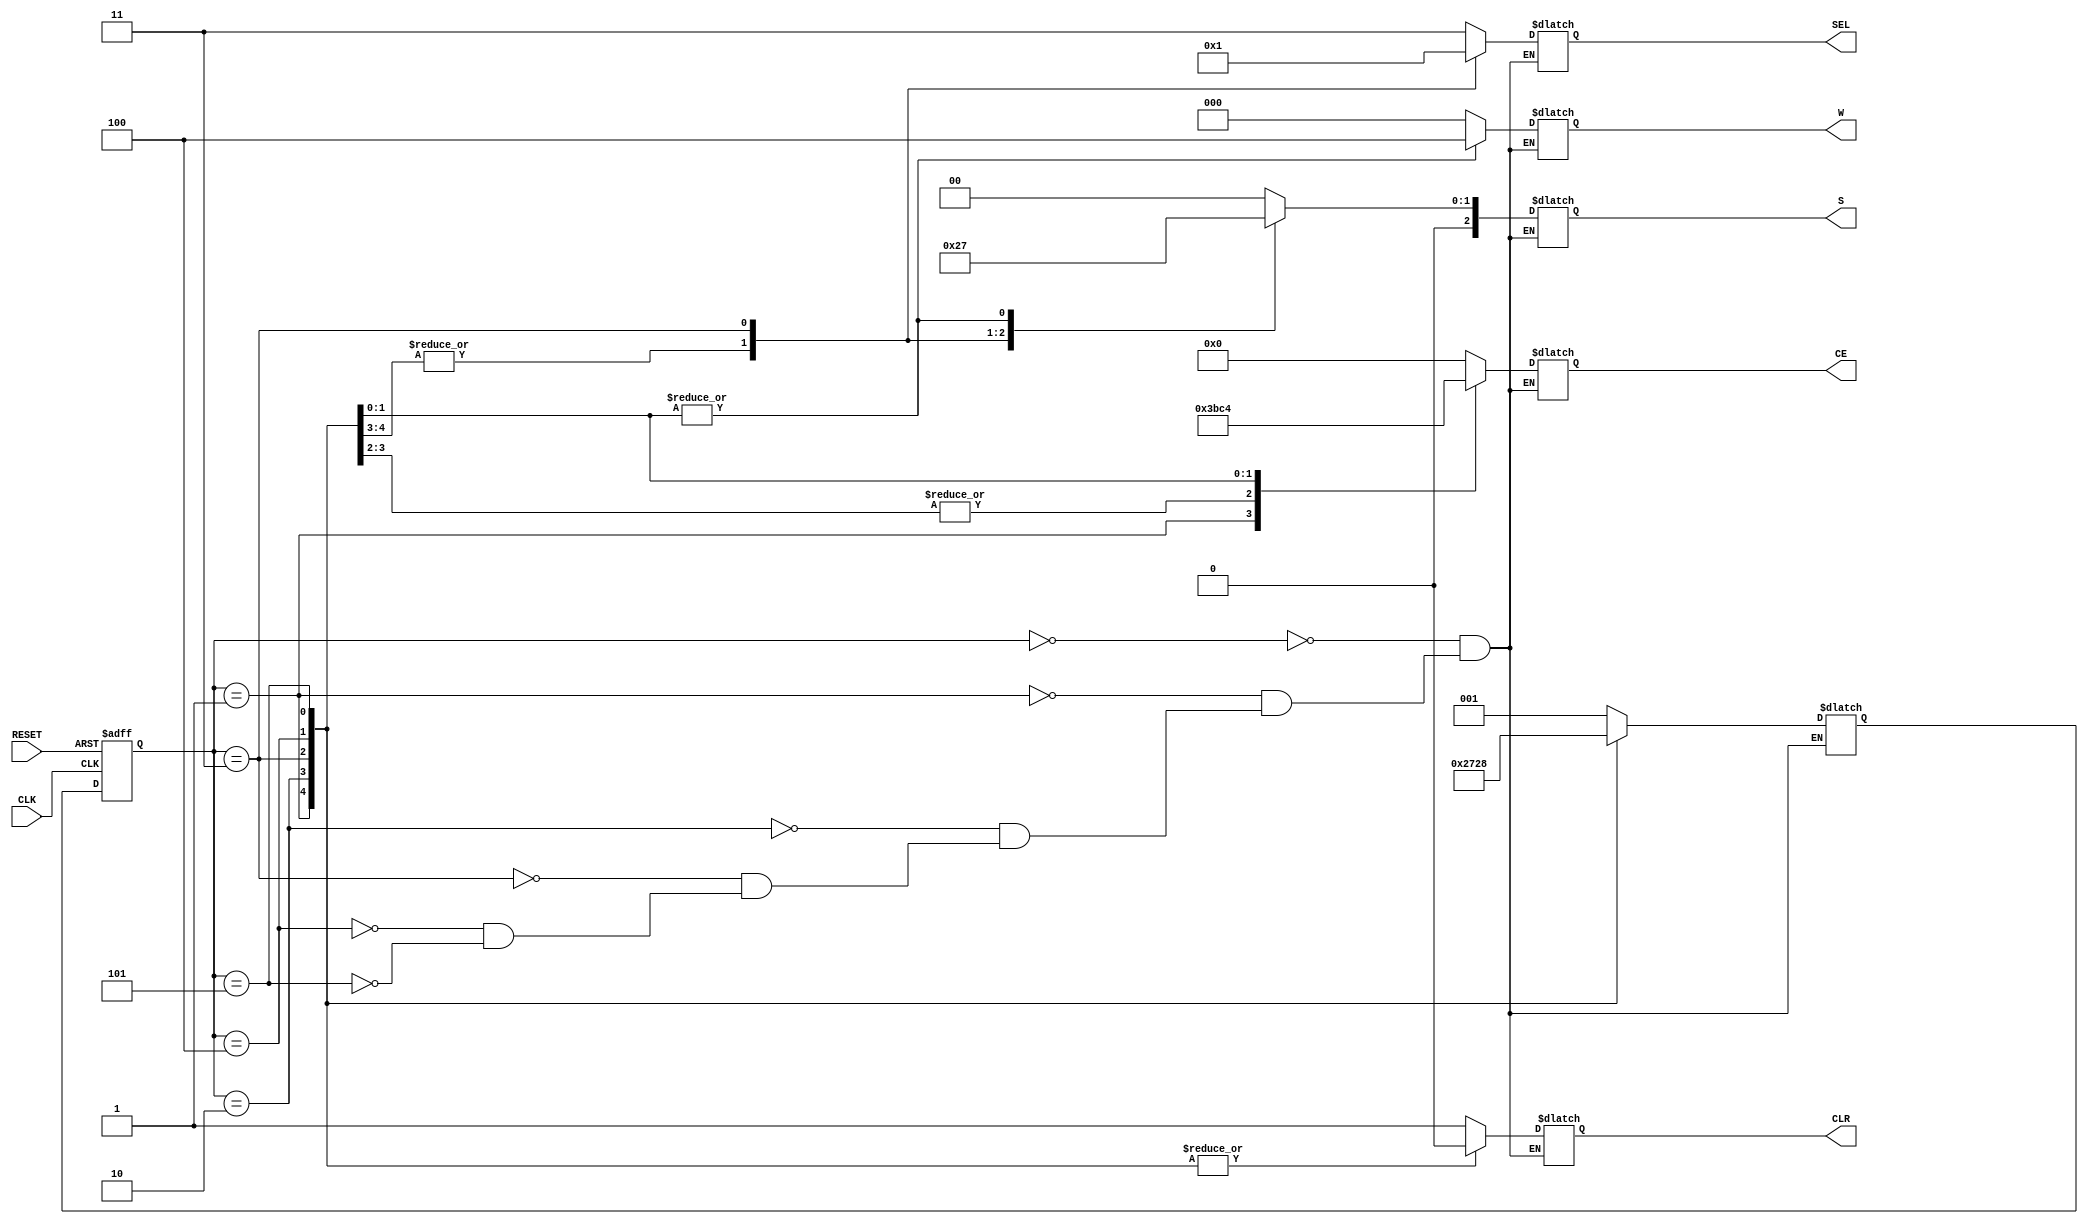
`timescale 1ns / 1ps
//////////////////////////////////////////////////////////////////////////////////
// Company: 
// Engineer: 
// 
// Design Name: 
// Module Name: FSM
// Project Name: 
// Target Devices: 
// Tool Versions: 
// Description: 
// 
// Dependencies: 
// 
// Revision:
// Revision 0.01 - File Created
// Additional Comments: Note that the muxes and ALU update real time but the 
// D Flip-Flops need a clock to update Q to the value at D. I do believe they
// still latch onto old memory on active low
//////////////////////////////////////////////////////////////////////////////////


module controlpath(CLK, RESET, CLR, W, CE, SEL, S);
    input CLK, RESET;
    output reg CLR;
    output reg [3:0] CE;
    output reg [2:0] W, S;
    output reg [1:0] SEL;
    
    reg[2:0] curr_state, next_state;
    parameter S0 = 3'b000,
              S1 = 3'b001,
              S2 = 3'b010,
              S3 = 3'b011,
              S4 = 3'b100,
              S5 = 3'b101;
              
    always@(posedge CLK or posedge RESET)
    begin
        if(RESET)
            curr_state <= S0;
        else
            curr_state <= next_state ;
    end
    
    always@(curr_state)
    begin
        case(curr_state)
            S0: // Reset State
            begin
                CLR = 1'b1; // Reset everything
                W = 3'b000;
                CE = 4'b0000;
                SEL = 2'b11;
                S = 3'b000;
                next_state <= S1;
            end
            S1: // Load Reg state
            begin
                CLR = 1'b0;     // Don't clear the flip-flops
                W = 3'b000;     // Let the muxes select values at D0
                CE = 4'b0011;   // At the next clock let the values at D0 pass through to R0 and R1
                SEL = 2'b00;    // At the next clock select R0
                S = 3'b010;     // F = B
                next_state <= S2;
            end
            S2: // Load ALU state
            begin
                CLR = 1'b0;
                W = 3'b000;
                CE = 4'b1011;   // Now while still enableing the R0 and R1 DFF, enable the last DFF
                SEL = 2'b00;    // Let R0 to the last DFF, I believe this will reach the A port of the ALU
                S = 3'b010;     // F = B
                next_state <= S3;
            end
            S3: // Math State
            begin
                CLR = 1'b0; 
                W = 3'b000;
                CE = 4'b1011;   // Let the addition result through the DFF next clock(0011 Original)
                SEL = 2'b01;    // Now let R1 through the large mux, this should be at port B of ALU
                S = 3'b001;     // F = A + B' + Cin
                next_state <= S4;
            end
            S4: // Send Data to R2 DFF
            begin
                CLR = 1'b0;
                W = 3'b100;     // Have mux2 select result of addition
                CE = 4'b1100;   // The addition result is now at Q of last DFF, Enable the DFF of R2 for next clock
                SEL = 2'b11;    // GND mux now to avoid interfering with result
                S = 3'b011;     // F = A; A now contains the result of the additon
                next_state <= S5;
            end
            S5: // Output State
            begin
                CLR = 1'b0;
                W = 3'b100;     // Let D1 of Mux2 through
                CE = 4'b0100;   // Addition results should now be at R2
                SEL = 2'b11;    // Don't let other data go through now
                S = 3'b011;     // F = A
                next_state <= S0;
            end
        endcase
    end
endmodule